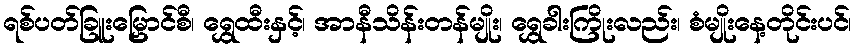
ရစ်ပတ်ခြူးမြှောင်စီ၊ ရွှေထီးနှင့်၊ အာနီသိန်းတန်မျိုး၊ ရွှေခါးကြိုးလည်း၊ စံမျိုးနေ့တိုင်းပင်၊